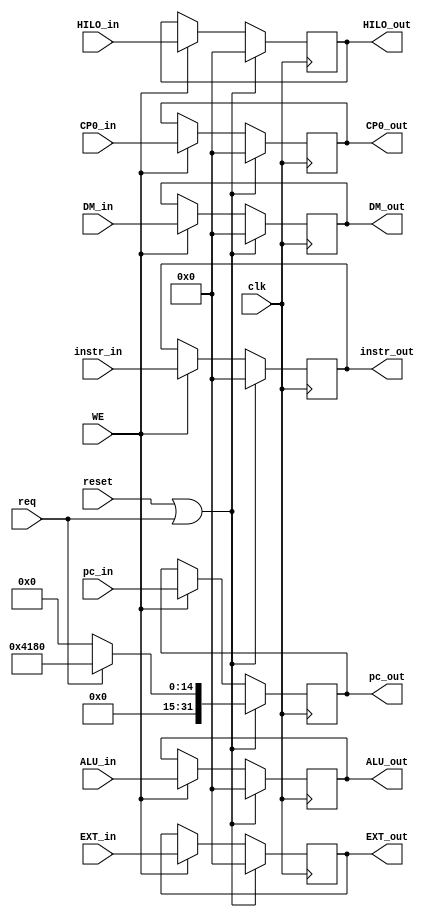
module W_REG (
    input req,
    input [31:0] CP0_in,
    output reg [31:0] CP0_out,

    input clk,
    input reset,
    input WE,
    input [31:0] instr_in,
    input [31:0] pc_in,
    input [31:0] ALU_in,
    input [31:0] DM_in,
    input [31:0] HILO_in,
    input [31:0] EXT_in,
    output reg [31:0] instr_out,
    output reg [31:0] pc_out,
    output reg [31:0] ALU_out,
    output reg [31:0] DM_out,
    output reg [31:0] HILO_out,
    output reg [31:0] EXT_out
);

    always @(posedge clk) begin
        if (reset || req) begin
            instr_out   <= 0;
            pc_out      <= req ? 32'h0000_4180 : 0;
            ALU_out     <= 0;
            DM_out      <= 0;
            HILO_out    <= 0;
            EXT_out     <= 0;
            CP0_out     <= 0;
        end else if(WE) begin
            instr_out    <= instr_in;
            pc_out       <= pc_in;
            ALU_out      <= ALU_in;
            DM_out       <= DM_in;
            HILO_out     <= HILO_in;
            EXT_out      <= EXT_in;
            CP0_out      <= CP0_in;
        end
    end

endmodule